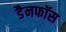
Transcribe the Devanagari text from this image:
डैनफॉस